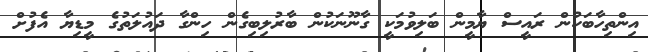
އިންތިހާބަކުން ރައީސް ޔާމީން ބަލިވުމަކީ ގާނޫނަކުން ބާރުލިބިގެން ހިންގާ ދައުލަތުގެ މީޑިޔާ އެފުށް